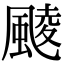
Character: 䬋